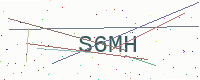
Text: S6MH